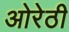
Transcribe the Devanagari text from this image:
ओरेठी